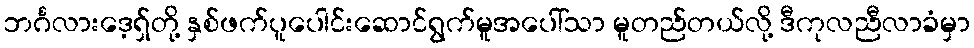
ဘင်္ဂလားဒေ့ရှ်တို့ နှစ်ဖက်ပူပေါင်းဆောင်ရွက်မူအပေါ်သာ မူတည်တယ်လို့ ဒီကုလညီလာခံမှာ